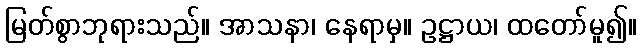
မြတ်စွာဘုရားသည်။ အာသနာ၊ နေရာမှ။ ဥဋ္ဌာယ၊ ထတော်မူ၍။